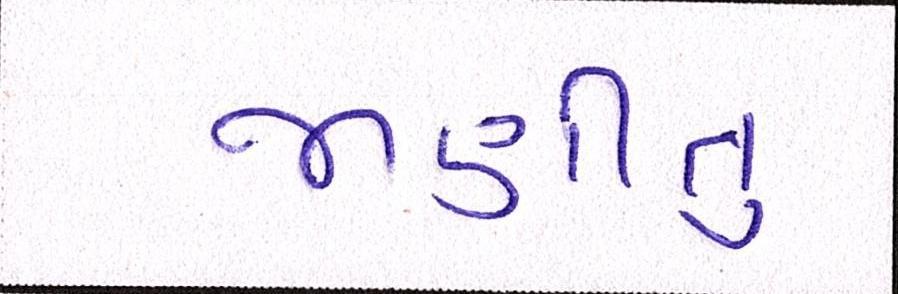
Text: જાણીતુ